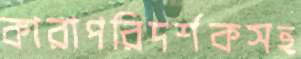
কারাপরিদর্শকসহ